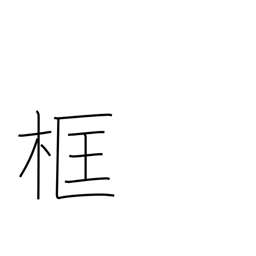
Meaning: framework